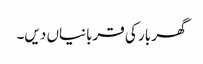
گھر بار کی قربانیاں دیں۔